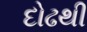
દોઢથી